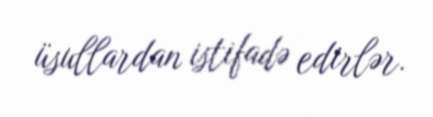
üsullardan istifadə edirlər.